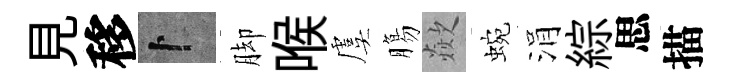
見移卜脚喉虞膓歘蜿涓綜思描